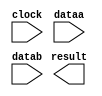
// megafunction wizard: %ALTFP_MULT%VBB%
// GENERATION: STANDARD
// VERSION: WM1.0
// MODULE: altfp_mult 

// ============================================================
// Megafunction Name(s):
// 			altfp_mult
//
// Simulation Library Files(s):
// 			lpm
// ============================================================
// ************************************************************
// THIS IS A WIZARD-GENERATED FILE. DO NOT EDIT THIS FILE!
//
// 9.1 Build 222 10/21/2009 SJ Full Version
// ************************************************************

//Copyright (C) 1991-2009 Altera Corporation
//Your use of Altera Corporation's design tools, logic functions 
//and other software and tools, and its AMPP partner logic 
//functions, and any output files from any of the foregoing 
//(including device programming or simulation files), and any 
//associated documentation or information are expressly subject 
//to the terms and conditions of the Altera Program License 
//Subscription Agreement, Altera MegaCore Function License 
//Agreement, or other applicable license agreement, including, 
//without limitation, that your use is for the sole purpose of 
//programming logic devices manufactured by Altera and sold by 
//Altera or its authorized distributors.  Please refer to the 
//applicable agreement for further details.

module Mult (
	clock,
	dataa,
	datab,
	result)/* synthesis synthesis_clearbox = 1 */;

	input	  clock;
	input	[31:0]  dataa;
	input	[31:0]  datab;
	output	[31:0]  result;

endmodule

// ============================================================
// CNX file retrieval info
// ============================================================
// Retrieval info: PRIVATE: FPM_FORMAT STRING "Single"
// Retrieval info: PRIVATE: INTENDED_DEVICE_FAMILY STRING "Stratix II"
// Retrieval info: PRIVATE: SYNTH_WRAPPER_GEN_POSTFIX STRING "0"
// Retrieval info: PRIVATE: VERSION_NUMBER NUMERIC "2"
// Retrieval info: CONSTANT: DEDICATED_MULTIPLIER_CIRCUITRY STRING "NO"
// Retrieval info: CONSTANT: DENORMAL_SUPPORT STRING "NO"
// Retrieval info: CONSTANT: LPM_TYPE STRING "altfp_mult"
// Retrieval info: CONSTANT: PIPELINE NUMERIC "5"
// Retrieval info: CONSTANT: REDUCED_FUNCTIONALITY STRING "NO"
// Retrieval info: CONSTANT: WIDTH_EXP NUMERIC "8"
// Retrieval info: CONSTANT: WIDTH_MAN NUMERIC "23"
// Retrieval info: USED_PORT: clock 0 0 0 0 INPUT NODEFVAL clock
// Retrieval info: USED_PORT: dataa 0 0 32 0 INPUT NODEFVAL dataa[31..0]
// Retrieval info: USED_PORT: datab 0 0 32 0 INPUT NODEFVAL datab[31..0]
// Retrieval info: USED_PORT: result 0 0 32 0 OUTPUT NODEFVAL result[31..0]
// Retrieval info: CONNECT: @dataa 0 0 32 0 dataa 0 0 32 0
// Retrieval info: CONNECT: @datab 0 0 32 0 datab 0 0 32 0
// Retrieval info: CONNECT: @clock 0 0 0 0 clock 0 0 0 0
// Retrieval info: CONNECT: result 0 0 32 0 @result 0 0 32 0
// Retrieval info: LIBRARY: altera_mf altera_mf.altera_mf_components.all
// Retrieval info: GEN_FILE: TYPE_NORMAL Mult.v TRUE
// Retrieval info: GEN_FILE: TYPE_NORMAL Mult.inc FALSE
// Retrieval info: GEN_FILE: TYPE_NORMAL Mult.cmp FALSE
// Retrieval info: GEN_FILE: TYPE_NORMAL Mult.bsf FALSE
// Retrieval info: GEN_FILE: TYPE_NORMAL Mult_inst.v FALSE
// Retrieval info: GEN_FILE: TYPE_NORMAL Mult_bb.v TRUE
// Retrieval info: LIB_FILE: lpm